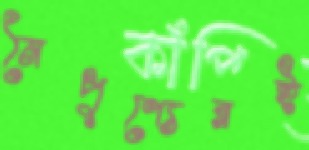
নৈপুণ্যেরই